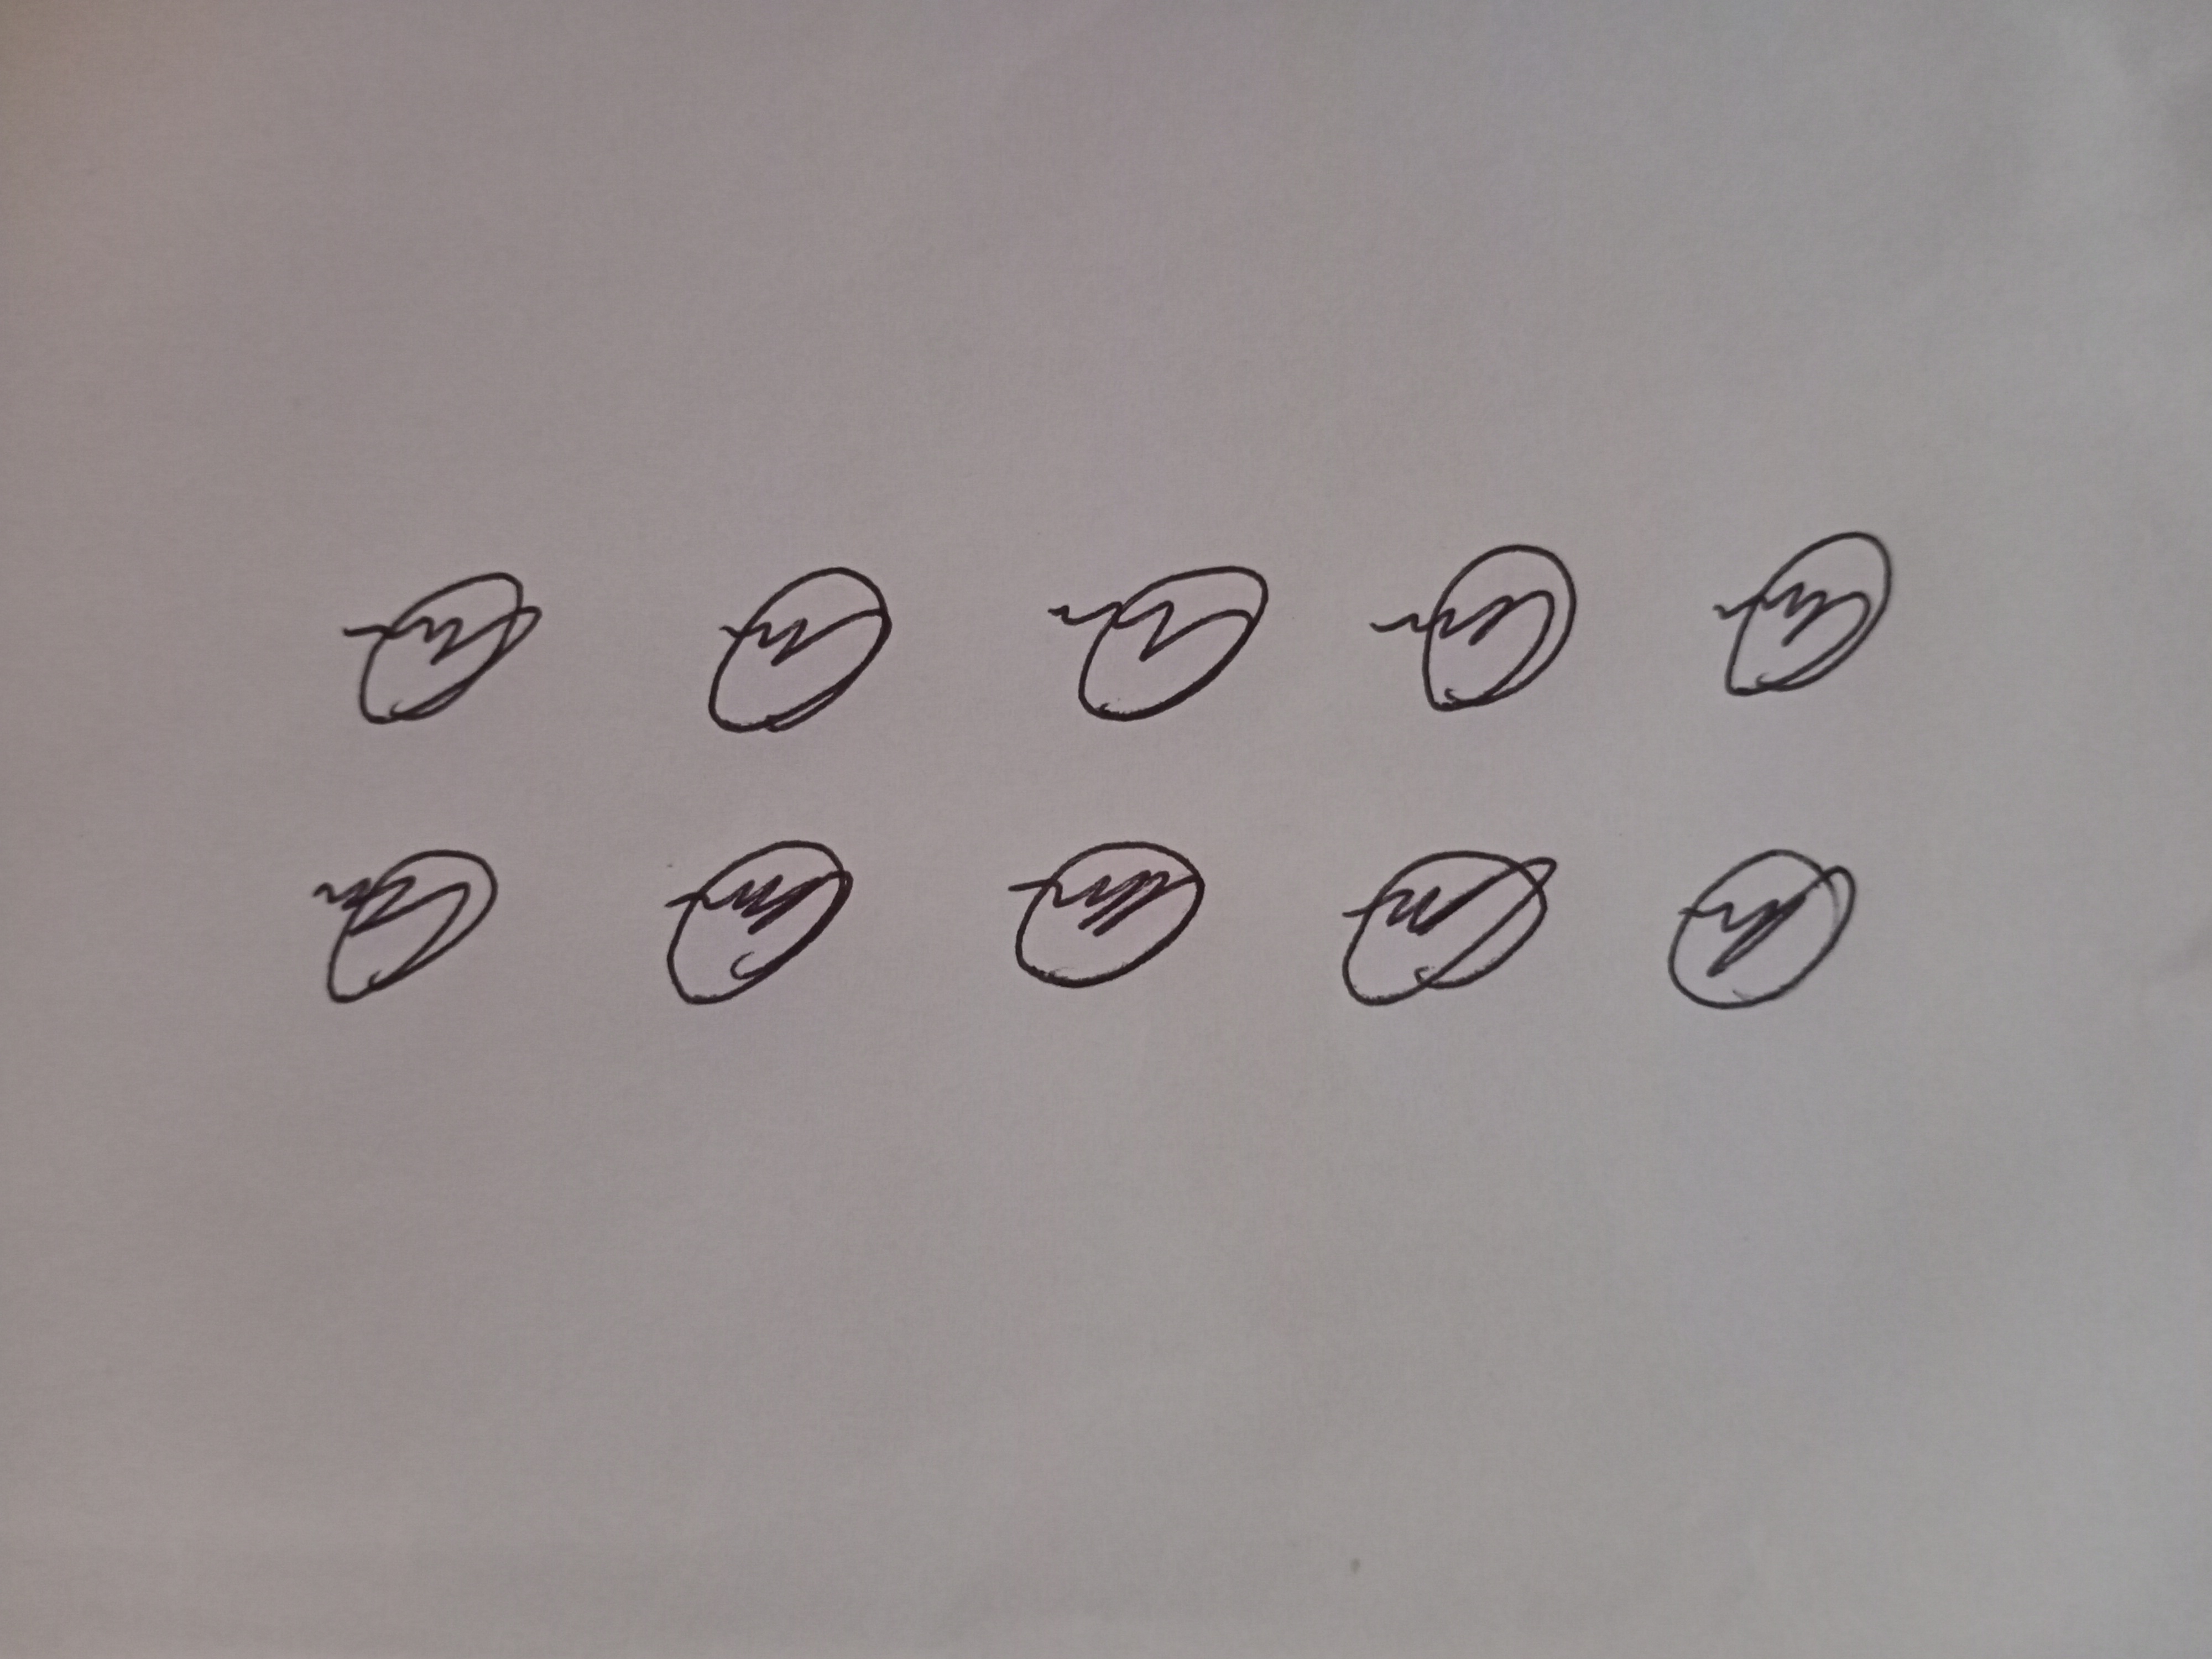
Signature authenticity: genuine